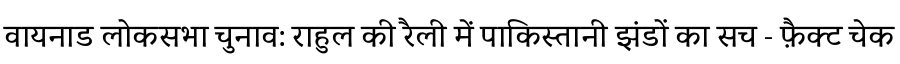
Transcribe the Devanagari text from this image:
वायनाड लोकसभा चुनाव: राहुल की रैली में पाकिस्तानी झंडों का सच - फ़ैक्ट चेक